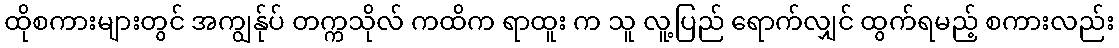
ထိုစကားများတွင် အကျွန်ုပ် တက္ကသိုလ် ကထိက ရာထူး က သူ လူ့ပြည် ရောက်လျှင် ထွက်ရမည့် စကားလည်း